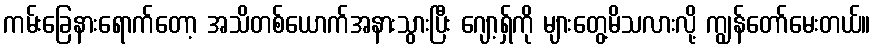
ကမ်းခြေနားရောက်တော့ အသိတစ်ယောက်အနားသွားပြီး ဂျော့ရှ်ကို များတွေ့မိသလားလို့ ကျွန်တော်မေးတယ်။